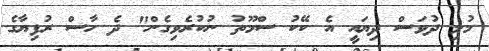
މުޅި ދުވަސް ދިޔައީ އެ ކޭކު ސްމޫތު ނުކުރެވިގެން" ދެ ހާސް ރުފިޔާގެ